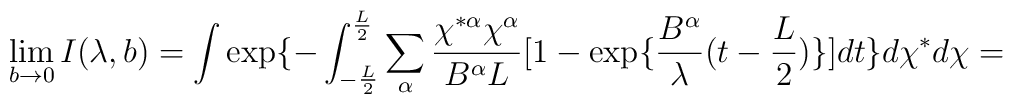
\lim_{b \rightarrow 0}I( \lambda,b)= \int \exp \{- \int_{- \frac{L}{2}}^{\frac{L}{2}} \sum_{\alpha} \frac{\chi^{* \alpha} \chi^{\alpha}}{B^{\alpha}L}[1- \exp \{ \frac{B^{\alpha}}{ \lambda}(t-\frac{L}{2}) \}]dt \}d \chi^*d \chi =